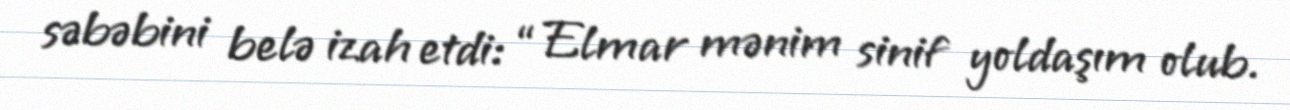
səbəbini belə izah etdi: “Elmar mənim sinif yoldaşım olub.